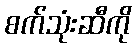
စက်သုံးဆီကို